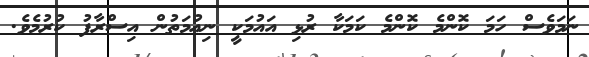
ނަމަވެސް ހަމަ ކޮންމެ ކޮންމެ ކަމަކާ ރުޅި އައުމަކީ ނިޢުމަތުން އިސްރާފު ކުރުމެވެ.